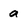
Character: a